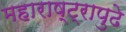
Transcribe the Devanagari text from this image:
महाराष्ट्रापुढे